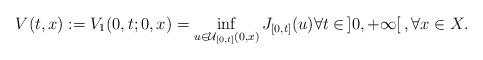
LaTeX: \begin{align*}V(t,x) := V_1(0,t;0,x) = \inf_{u\in {\cal U}_{[0,t]}(0,x)}J_{[0,t]}(u) \forall t\in \,]0,+\infty[\,,\forall x\in X.\end{align*}